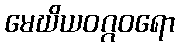
မေဃိယဝဂ္ဂဝရော